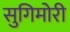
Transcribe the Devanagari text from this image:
सुगिमोरी